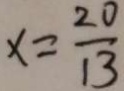
x = \frac { 2 0 } { 1 3 }